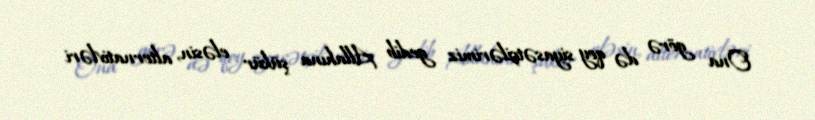
Ona görə də qoy siyasətçilərimiz gedib Allahına şükür eləsin, alternativləri